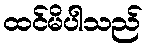
ထင်မိပါသည်